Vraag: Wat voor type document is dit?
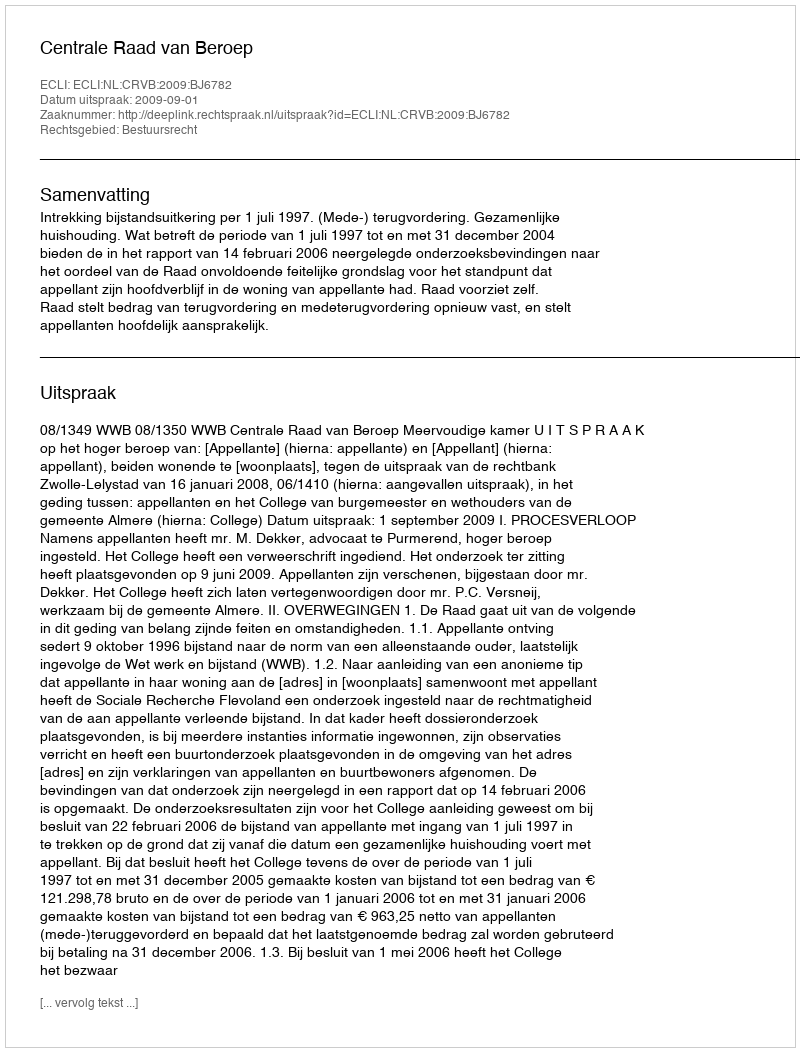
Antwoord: Uitspraak